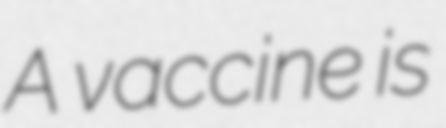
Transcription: A vaccine is